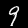
Label: 9